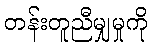
တန်းတူညီမျှမှုကို